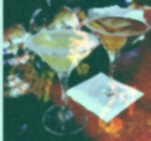
আইবে